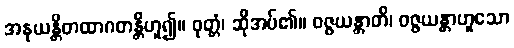
အနုယန္တိတထာဂတန္တိဟူ၍။ ဝုတ္တံ၊ ဆိုအပ်၏။ ဝဇ္ဇယန္တာတိ၊ ဝဇ္ဇယန္တာဟူသော